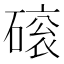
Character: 磙